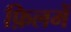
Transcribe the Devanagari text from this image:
फ़िलमें